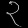
Digit: ၃